system: You are a helpful assistant.
user:
Analyze the provided spectrum to determine if it is a **"Cataclysmic Variables (CV)"**.

- **Key Indicators for CV (Check for either state):**
    - **State 1: Quiescent / Low-State (Emission-Dominated)**
        - **(Primary):** Strong and *very broad* Hydrogen Balmer emission lines (e.g., $H\alpha$ at 6563 Å, $H\beta$ at 4861 Å). The 'broadness' (high velocity dispersion, often FWHM > 1000 km/s) is the key diagnostic, indicating a high-velocity accretion disk.
        - **(Secondary):** Broad neutral Helium (He I) emission lines (e.g., 5876 Å, 6678 Å).
        - **(Key Confirmation):** Presence of high-excitation *ionized* Helium (He II) emission at 4686 Å. This is a strong indicator of accretion onto a white dwarf.
        - **(Line Profile):** Emission lines may exhibit a 'double-peaked' profile, which is a classic signature of a rotating accretion disk viewed at high inclination.

    - **State 2: Outburst / High-State (Absorption-Dominated)**
        - **(Primary):** Spectrum is dominated by a bright, blue continuum (looks like a hot star).
        - **(Secondary):** The emission lines from State 1 are weak, absent, or 'filled in', and are replaced by broad, shallow *absorption* lines (primarily Balmer and He I).
        - **(Morphology):** The overall spectrum mimics a hot B/A-type star. The crucial difference is that the absorption lines are significantly broader, shallower, and more 'washed-out' (or 'smeared') than the sharp lines of a normal stellar photosphere, due to high rotational speeds and pressure broadening in the disk.

Think first, call **spectral_visualization_tool** if needed to examine features in detail, then provide your final answer. Your response must adhere to the following strict rules:
1.  **Overall Structure:** Your response must follow the format `<think>...</think> <tool_call>...</tool_call> (if a tool is used) <answer>...</answer>`.
2.  **Tool Usage Constraint:** You may only make **one** tool call per turn.
3.  **Final Answer Format:** In the `<answer>` tag, your conclusion must be inside a `\boxed{}` command (e.g., `\boxed{YES}`), followed by your justification.

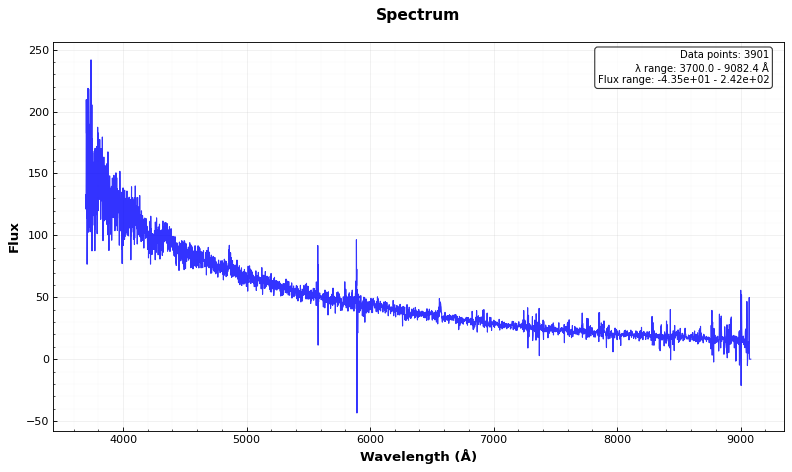
Answer: YES